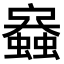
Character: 𧒟